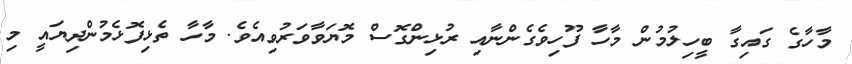
މާހާގެ ގައިގާ ބީހިލުމުން މާހާ ފޫހިވެގެންނާއި ރުޅިންގޮސް މޮޔަވާވަރުވިއެވެ. މާހާ ތެޅިފޮޅެމުންދިޔައީ މި